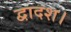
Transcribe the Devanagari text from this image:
द्वादश।